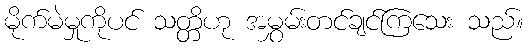
မိုက်မဲမှုကိုပင် သတ္တိဟု အမွှမ်းတင်ချင်ကြသေး သည်။